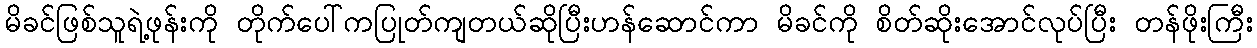
မိခင်ဖြစ်သူရဲ့ဖုန်းကို တိုက်ပေါ်ကပြုတ်ကျတယ်ဆိုပြီးဟန်ဆောင်ကာ မိခင်ကို စိတ်ဆိုးအောင်လုပ်ပြီး တန်ဖိုးကြီး